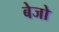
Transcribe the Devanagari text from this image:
बेजो